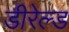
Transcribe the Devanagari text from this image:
डीरेल्ड